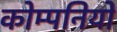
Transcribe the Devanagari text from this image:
कोम्पनियों